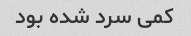
کمی سرد شده بود